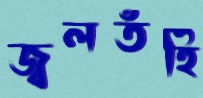
জ্বলতঁহি